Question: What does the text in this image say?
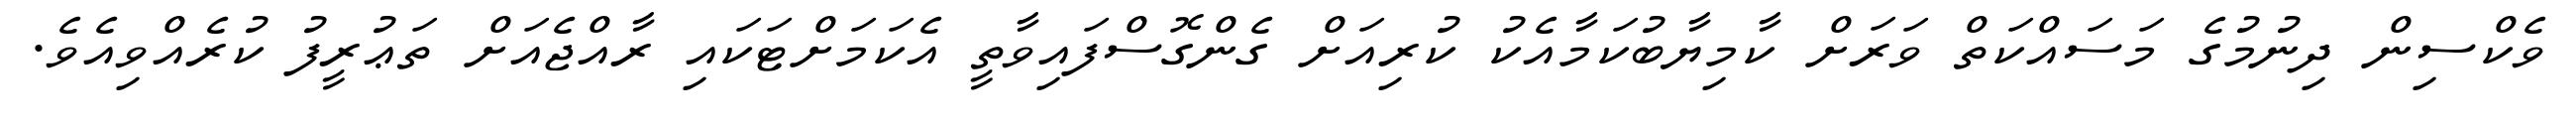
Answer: ވެކްސިން ދިނުމުގެ މަސައްކަތް ވަރަށް ކާމިޔާބުކަމާއެކު ކުރިއަށް ގެންގޮސްފައިވާތީ އެކަމަށްޓަކައި ރާއްޖެއަށް ތަޢުރީފު ކުރެއްވިއެވެ.